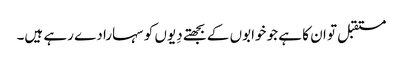
مستقبل تو ان کا ہے جو خوابوں کے بجھتے دِیوں کو سہارا دے رہے ہیں۔